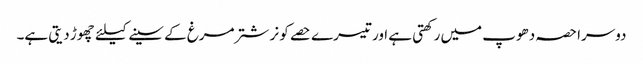
دوسرا حصہ دھوپ میں رکھتی ہے اور تیسرے حصے کو نر شتر مرغ کے سینے کیلئے چھوڑ دیتی ہے۔